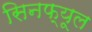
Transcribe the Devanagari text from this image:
सिनफ्यूल